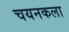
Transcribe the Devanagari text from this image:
चयनकला